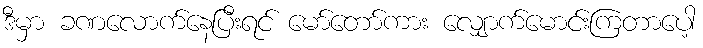
ဒီမှာ ခဏလောက်နေပြီးရင် မော်တော်ကား လျှောက်မောင်းကြတာပေါ့